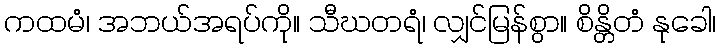
ကထမံ၊ အဘယ်အရပ်ကို။ သီဃတရံ၊ လျှင်မြန်စွာ။ စိန္တိတံ နုခေါ၊